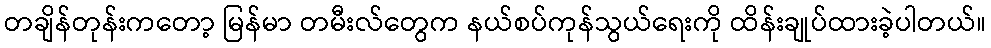
တချိန်တုန်းကတော့ မြန်မာ တမီးလ်တွေက နယ်စပ်ကုန်သွယ်ရေးကို ထိန်းချုပ်ထားခဲ့ပါတယ်။